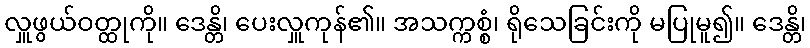
လှူဖွယ်ဝတ္ထုကို။ ဒေန္တိ၊ ပေးလှူကုန်၏။ အသက္ကစ္စံ၊ ရိုသေခြင်းကို မပြုမူ၍။ ဒေန္တိ၊